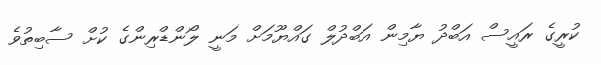
ކުރީގެ ރައީސް އަބްދު ޔާމިން އަބްދުލް ގައްޔޫމަށް މަނީ ލޯންޑްރިންގެ ކުށް ސާބިތުވެ